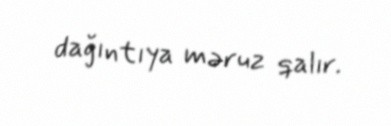
dağıntıya məruz qalır.